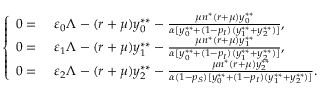
\left\{ \begin{array} { r l } { 0 = } & { ~ \varepsilon _ { 0 } \Lambda - ( r + \mu ) y _ { 0 } ^ { * * } - \frac { \mu n ^ { * } ( r + \mu ) y _ { 0 } ^ { * * } } { \alpha [ y _ { 0 } ^ { * * } + ( 1 - p _ { I } ) ( y _ { 1 } ^ { * * } + y _ { 2 } ^ { * * } ) ] } , } \\ { 0 = } & { ~ \varepsilon _ { 1 } \Lambda - ( r + \mu ) y _ { 1 } ^ { * * } - \frac { \mu n ^ { * } ( r + \mu ) y _ { 1 } ^ { * * } } { \alpha [ y _ { 0 } ^ { * * } + ( 1 - p _ { I } ) ( y _ { 1 } ^ { * * } + y _ { 2 } ^ { * * } ) ] } , } \\ { 0 = } & { ~ \varepsilon _ { 2 } \Lambda - ( r + \mu ) y _ { 2 } ^ { * * } - \frac { \mu n ^ { * } ( r + \mu ) y _ { 2 } ^ { * * } } { \alpha ( 1 - p _ { S } ) [ y _ { 0 } ^ { * * } + ( 1 - p _ { I } ) ( y _ { 1 } ^ { * * } + y _ { 2 } ^ { * * } ) ] } . } \end{array} \right.